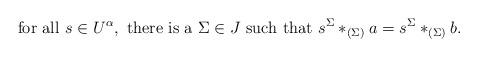
LaTeX: \begin{align*}\textrm{ for all } s \in U^\alpha, \textrm{ there is a } \Sigma \in J \textrm{ such that } s^\Sigma*_{(\Sigma)}a =s^\Sigma*_{(\Sigma)}b.\end{align*}